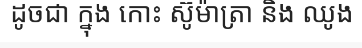
ដូចជា ក្នុង កោះ ស៊ូម៉ាត្រា និង ឈូង